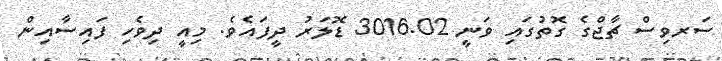
ސަރވިސް ޗާޖްގެ ގޮތުގައި ވަނީ 3016.02 ޑޮލަރު ދީފައެވެ. މިއީ ދިވެހި ފައިސާއިން